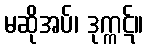
မဆိုအပ်၊ ဒုက္ကဋ်။